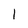
Character: 1